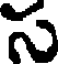
స